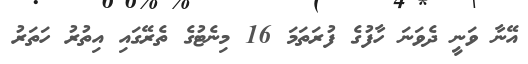
އޭނާ ވަނީ ދެވަނަ ހާފުގެ ފުރަތަމަ 16 މިނެޓުގެ ތެރޭގައި އިތުރު ހަތަރު